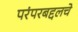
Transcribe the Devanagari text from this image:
परंपरबद्दलचे